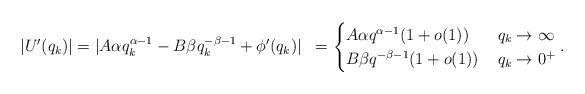
LaTeX: \begin{align*}|U'(q_k)|& = |A\alpha q_k^{\alpha-1} - B \beta q_k^{-\beta -1} + \phi'(q_k)|&= \begin{cases}A\alpha q^{\alpha -1} (1 + o(1)) & \,q_k\rightarrow \infty\\B \beta q^{-\beta-1} (1 + o(1)) & \, q_k\rightarrow 0^+\end{cases}. \end{align*}